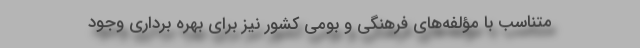
متناسب با مؤلفه‌های فرهنگی و بومی کشور نیز برای بهره برداری وجود